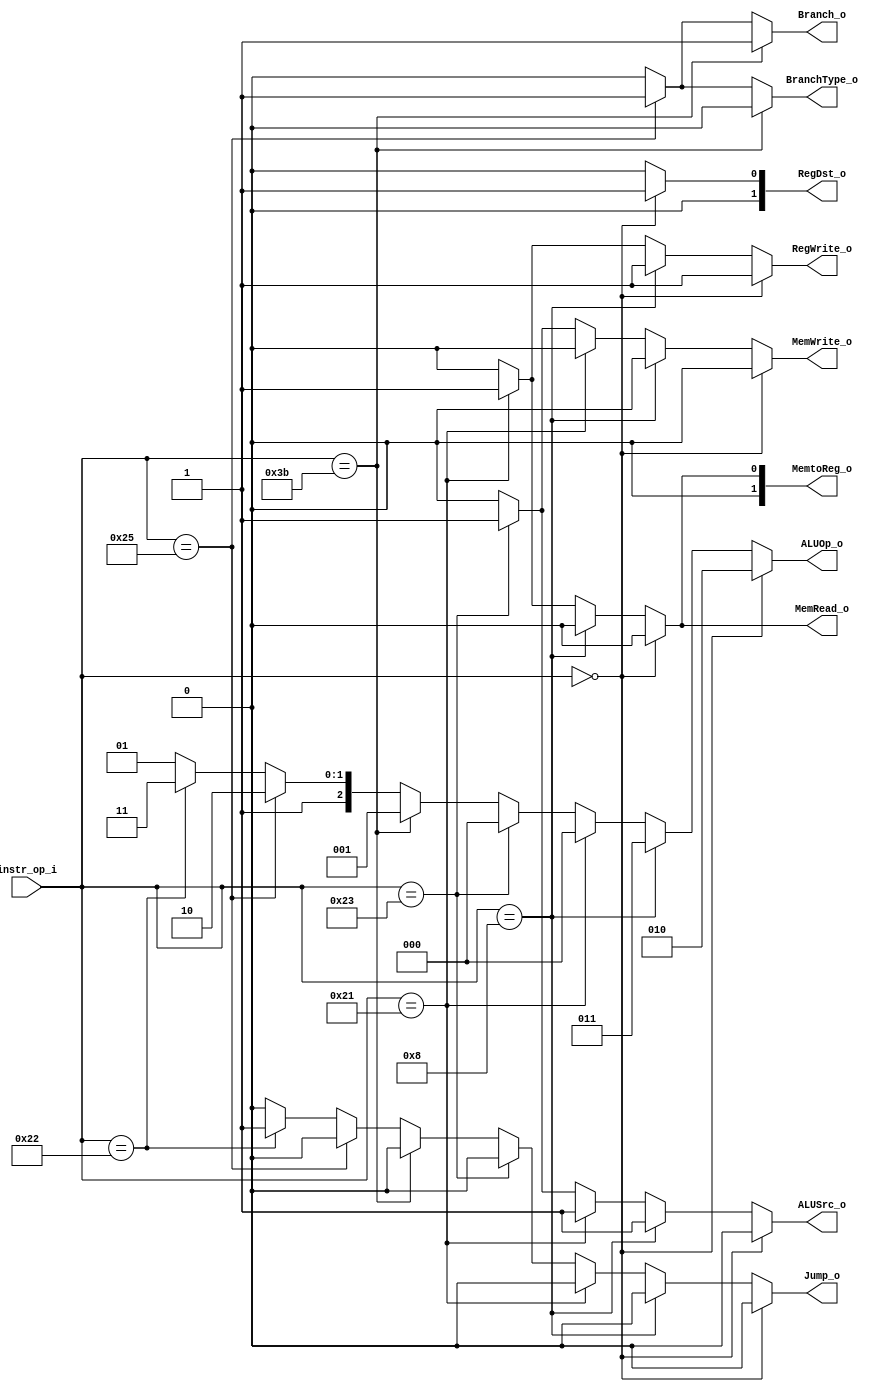
module Decoder( instr_op_i, RegWrite_o,	ALUOp_o, ALUSrc_o, RegDst_o, Jump_o, Branch_o, BranchType_o, MemWrite_o, MemRead_o, MemtoReg_o);
     
//I/O ports
input	[6-1:0] instr_op_i;

output			RegWrite_o;
output	[3-1:0] ALUOp_o;
output			ALUSrc_o;
output	[2-1:0]	RegDst_o, MemtoReg_o;
output			Jump_o, Branch_o, BranchType_o, MemWrite_o, MemRead_o;
 
//Internal Signals
wire	[3-1:0] ALUOp_o;
wire			ALUSrc_o;
wire			RegWrite_o;
wire	[2-1:0]	RegDst_o, MemtoReg_o;
wire			Jump_o, Branch_o, BranchType_o, MemWrite_o, MemRead_o;

//Main function
/*your code here*/

assign RegWrite_o = (instr_op_i == 6'b000000) ? 1 :     //R = 1
                    (instr_op_i == 6'b001000) ? 1 :     //addi = 1
                    (instr_op_i == 6'b100001) ? 1 :     //lw = 1
                    (instr_op_i == 6'b100011) ? 0 :     //sw = 0
                    (instr_op_i == 6'b111011) ? 0 :     //beq = 0
                    (instr_op_i == 6'b100101) ? 0 :     //bne = 0
                    (instr_op_i == 6'b100010) ? 0 : 0;  //jump = 0, other = 0;

assign ALUOp_o =    (instr_op_i == 6'b000000) ? 3'b010 :	        //R = 010
			        (instr_op_i == 6'b001000) ? 3'b011 :            //addi = 011
                    (instr_op_i == 6'b100001) ? 3'b000 :            //lw = 000     
                    (instr_op_i == 6'b100011) ? 3'b000 :            //sw = 000
                    (instr_op_i == 6'b111011) ? 3'b001 :            //beq = 001
                    (instr_op_i == 6'b100101) ? 3'b110 :            //bne = 110
                    (instr_op_i == 6'b100010) ? 3'b111 : 3'b101;    //jump=x, lui=101

assign ALUSrc_o =   (instr_op_i == 6'b000000) ? 0 :     //R = 0
                    (instr_op_i == 6'b001000) ? 1 :     //addi = 1
                    (instr_op_i == 6'b100001) ? 1 :     //lw = 1
                    (instr_op_i == 6'b100011) ? 1 :     //sw = 1
                    (instr_op_i == 6'b111011) ? 0 :     //beq = 0
                    (instr_op_i == 6'b100101) ? 0 :     //bne = 0
                    (instr_op_i == 6'b100010) ? 0 : 0;  //jump = 0, other = 0


assign RegDst_o =   (instr_op_i == 6'b000000) ? 2'b01 : 2'b00;	//R = 1, other = 0

assign Branch_o =   (instr_op_i == 6'b111011) ? 1 :     // beq = 1
                    (instr_op_i == 6'b100101) ? 1 : 0;  // bne = 1, other = 0

assign BranchType_o=(instr_op_i == 6'b111011) ? 0 :     // beq = 0
                    (instr_op_i == 6'b100101) ? 1 : 0;  // bne = 1, other = 0

assign MemWrite_o = (instr_op_i == 6'b000000) ? 0 :     //R = 0
                    (instr_op_i == 6'b001000) ? 0 :     //addi = 0
                    (instr_op_i == 6'b100001) ? 0 :     //lw = 0
                    (instr_op_i == 6'b100011) ? 1 :     //sw = 1
                    (instr_op_i == 6'b111011) ? 0 :     //beq = 0
                    (instr_op_i == 6'b100101) ? 0 :     //bne = 0
                    (instr_op_i == 6'b100010) ? 0 : 0;  //jump = 0, other = 0

assign MemRead_o =  (instr_op_i == 6'b000000) ? 0 :     //R = 0
                    (instr_op_i == 6'b001000) ? 0 :     //addi = 0
                    (instr_op_i == 6'b100001) ? 1 :     //lw = 1
                    (instr_op_i == 6'b100011) ? 0 :     //sw = 0
                    (instr_op_i == 6'b111011) ? 0 :     //beq = 0
                    (instr_op_i == 6'b100101) ? 0 :     //bne = 0
                    (instr_op_i == 6'b100010) ? 0 : 0;  //jump = 0, other = 0

assign MemtoReg_o = (instr_op_i == 6'b000000) ? 0 :     //R = 0
                    (instr_op_i == 6'b001000) ? 0 :     //addi = 0
                    (instr_op_i == 6'b100001) ? 1 :     //lw = 1
                    (instr_op_i == 6'b100011) ? 0 :     //sw = 0
                    (instr_op_i == 6'b111011) ? 0 :     //beq = 0
                    (instr_op_i == 6'b100101) ? 0 :     //bne = 0
                    (instr_op_i == 6'b100010) ? 0 : 0;  //jump = 0, other = 0
        
assign Jump_o =     (instr_op_i == 6'b000000) ? 0 :     //R = 0
                    (instr_op_i == 6'b001000) ? 0 :     //addi = 0
                    (instr_op_i == 6'b100001) ? 0 :     //lw = 0
                    (instr_op_i == 6'b100011) ? 0 :     //sw = 0
                    (instr_op_i == 6'b111011) ? 0 :     //beq = 0
                    (instr_op_i == 6'b100101) ? 0 :     //bne = 0
                    (instr_op_i == 6'b100010) ? 1 : 0;  //jump = 1, other = 0

endmodule